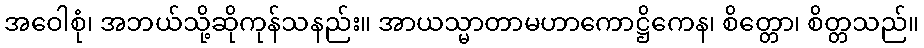
အဝေါစုံ၊ အဘယ်သို့ဆိုကုန်သနည်း။ အာယသ္မာတာမဟာကောဋ္ဌိကေန၊ စိတ္တော၊ စိတ္တသည်။